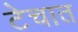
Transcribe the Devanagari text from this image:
टेचात